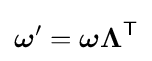
{\boldsymbol {\omega }}'={\boldsymbol {\omega }}{\boldsymbol {\Lambda }}^{\textsf {T}}